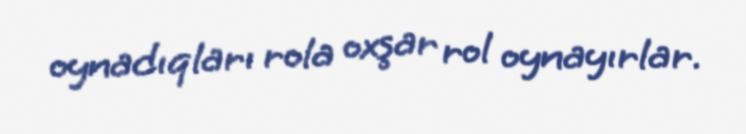
oynadıqları rola oxşar rol oynayırlar.